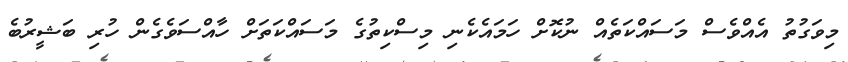
މިވަގުތު އެއްވެސް މަސައްކަތެއް ނުކޮށް ހަމައެކެނި މިސްކިތުގެ މަސައްކަތަށް ހާއްސަވެގެން ހުރި ބަޝީރުބެ